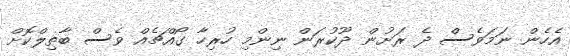
އެހެން ނަމަވެސް ދެ ރަށުން ދޫކުރަން ނިންމި ހުރިހާ ގޯއްޗެއް ވެސް ބާތިލްކޮށް